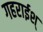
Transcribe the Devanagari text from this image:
गहराईश्